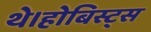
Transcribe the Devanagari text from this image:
थे।होबिस्ट्स